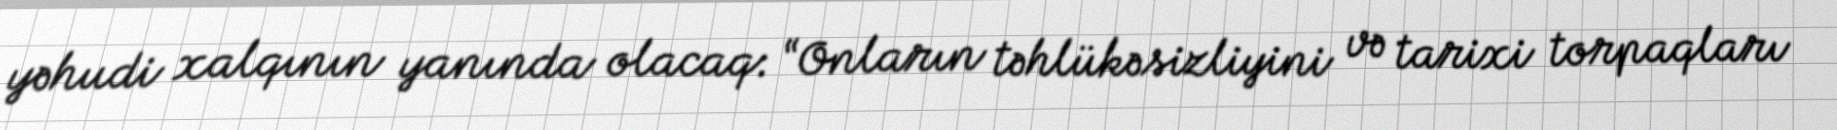
yəhudi xalqının yanında olacaq: “Onların təhlükəsizliyini və tarixi torpaqları